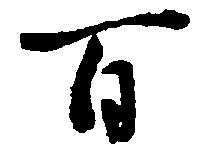
百